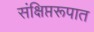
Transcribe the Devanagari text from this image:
संक्षिप्तरूपात